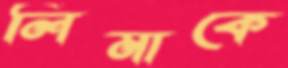
লিমাকে